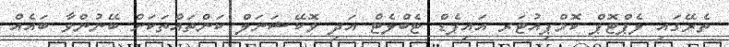
ތެރޭގައި ލެޕްޓޮޕް ކޮމްޕިއުޓަރ އައިޕެޑް ޓެބްލެޓް އަދި ވޮކޭޝަނަލް ކަންތައްތަކަށް ބޭނުންވާ ބައެއް